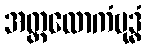
အတ္တလောကံဗုဒ္ဓံ